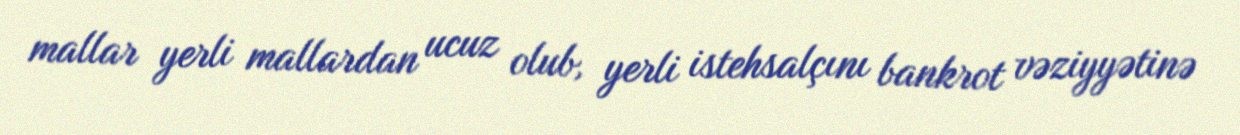
mallar yerli mallardan ucuz olub, yerli istehsalçını bankrot vəziyyətinə